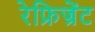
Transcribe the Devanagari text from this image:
रेफ्रिज्रेंट